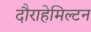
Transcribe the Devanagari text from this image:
दौराहेमिल्टन